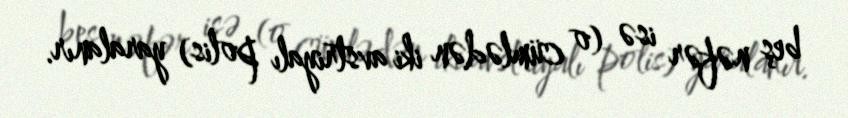
beş nəfər isə (o cümlədən iki avstriyalı polis) yaralanır.